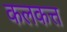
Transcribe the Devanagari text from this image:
कलकत्त